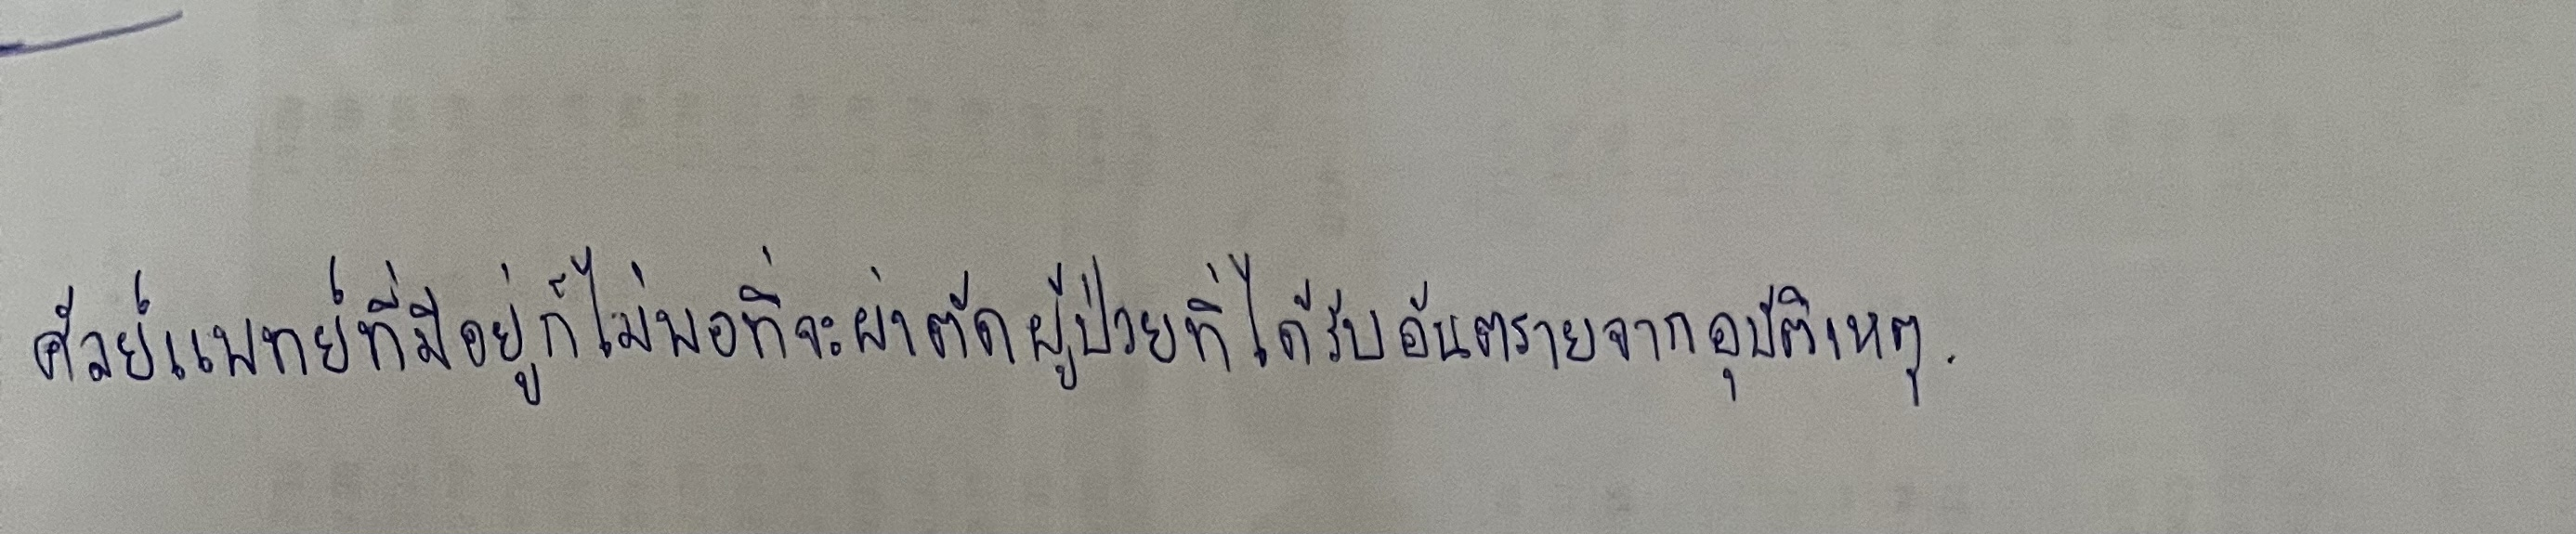
ศัลยแพทย์ที่มีอยู่ก็ไม่พอที่จะผ่าตัดผู้ป่วยที่ได้รับอันตรายจากอุบัติเหตุ